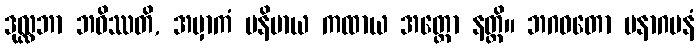
ဒုလ္လဘာ ဘဝိဿတိ, အမှာကံ ပနိမာယ ကထာယ အတ္ထော နတ္ထိ။ ဘဂဝတော ပနာဂမနံ